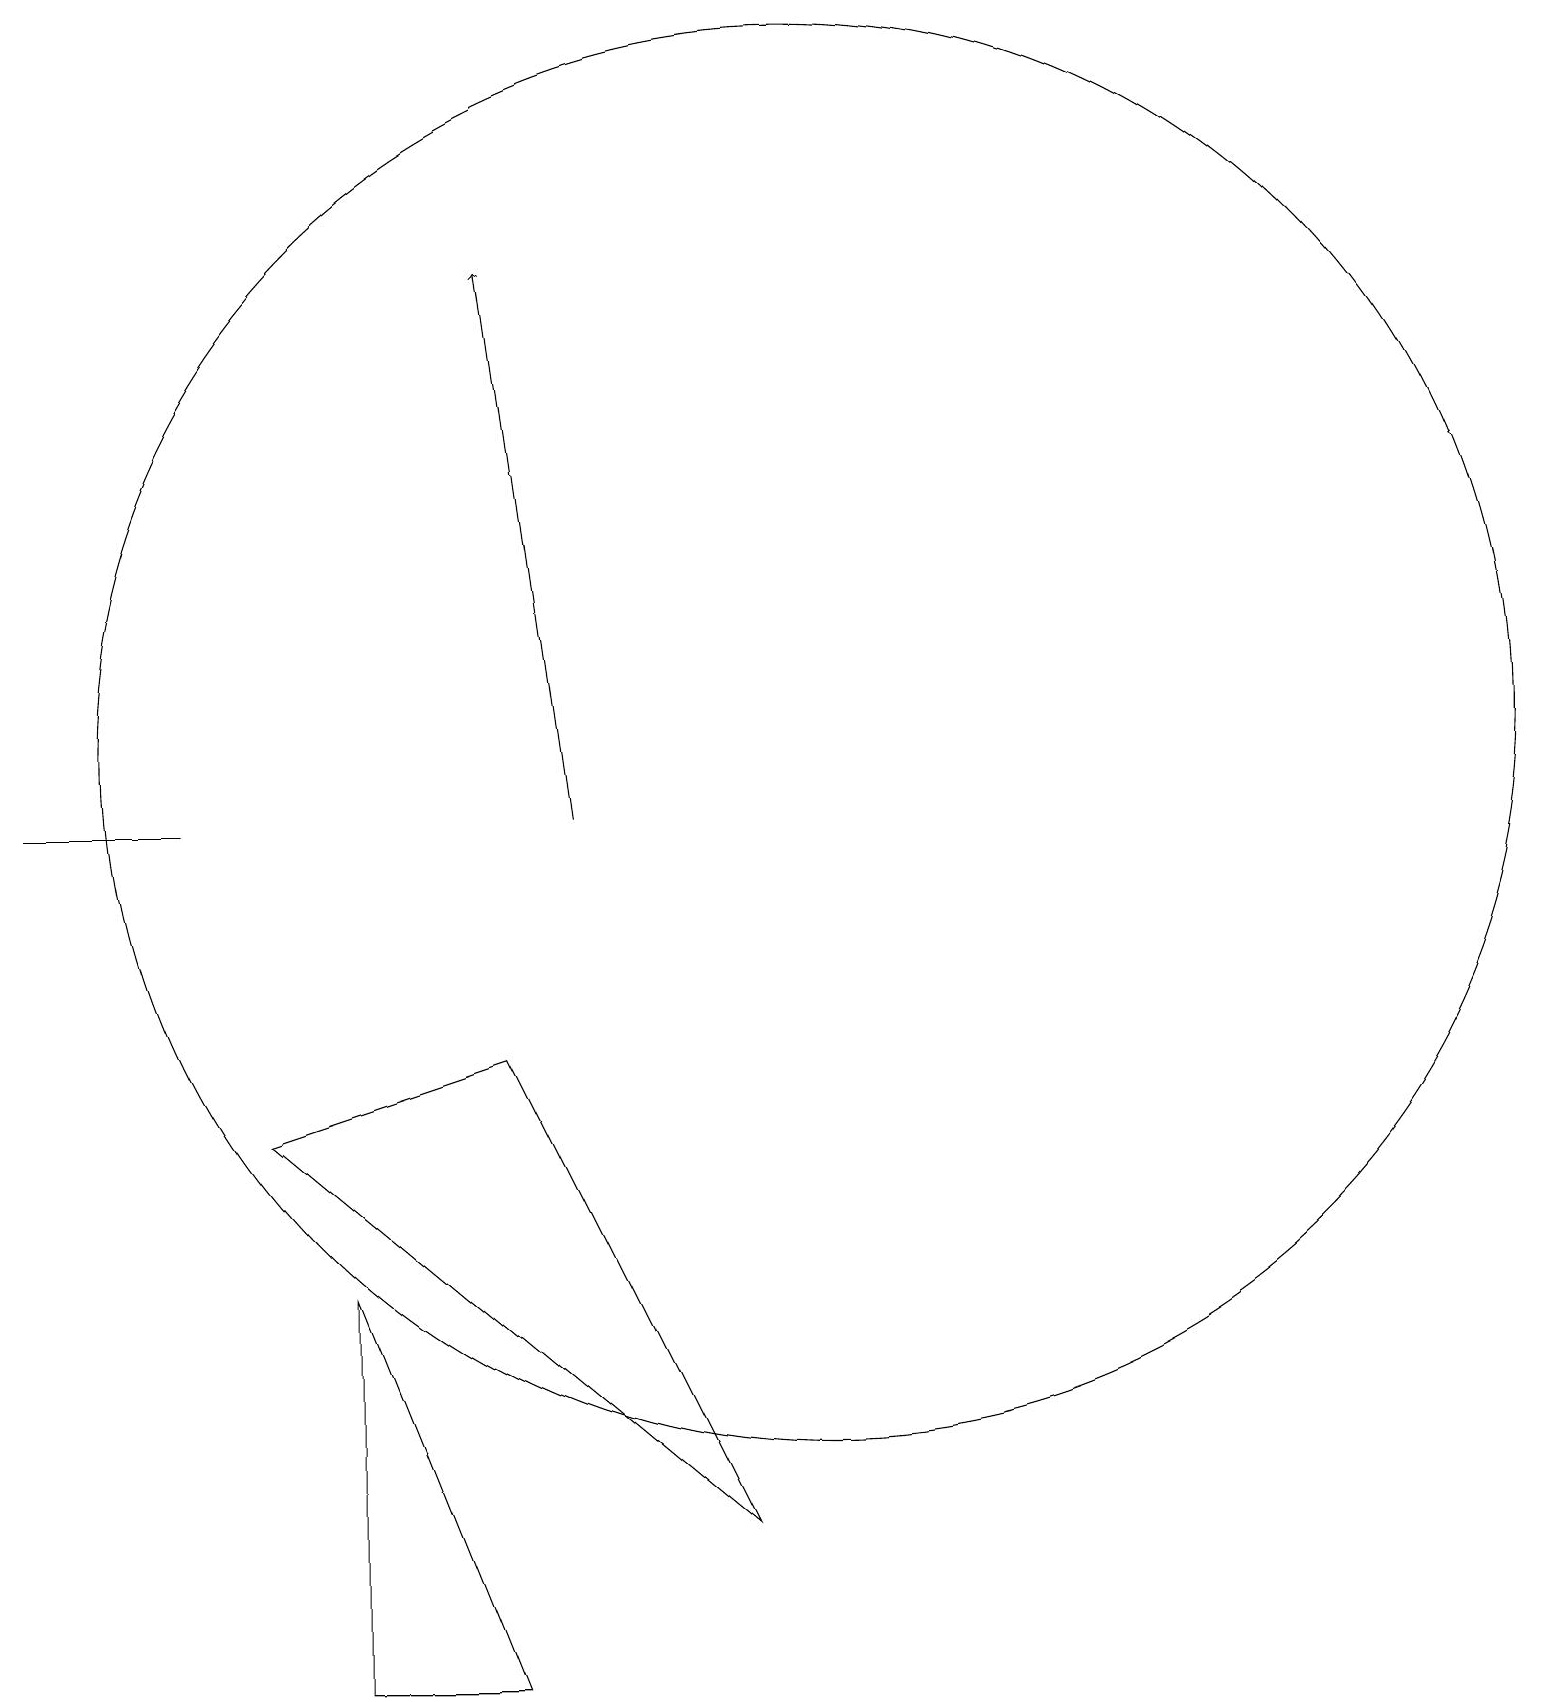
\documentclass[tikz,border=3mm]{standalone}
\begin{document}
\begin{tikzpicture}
\draw[->] (7,11) -- (6,18);
\draw (6,8) -- (3,7) -- (9,2) -- cycle;
\draw (0,11) rectangle (2,11);
\draw (4,0) -- (4,5) -- (6,0) -- cycle;
\draw (10,12) circle (9);
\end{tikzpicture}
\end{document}